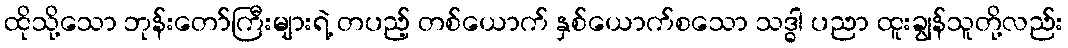
ထိုသို့သော ဘုန်းတော်ကြီးများရဲ့ တပည့် တစ်ယောက် နှစ်ယောက်စသော သဒ္ဓါ ပညာ ထူးချွန်သူတို့လည်း